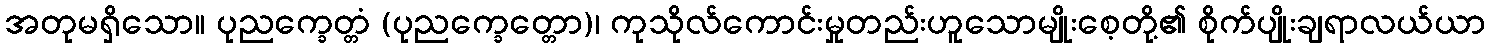
အတုမရှိသော။ ပုညက္ခေတ္တံ (ပုညက္ခေတ္တော)၊ ကုသိုလ်ကောင်းမှုတည်းဟူသောမျိုးစေ့တို့၏ စိုက်ပျိုးချရာလယ်ယာ